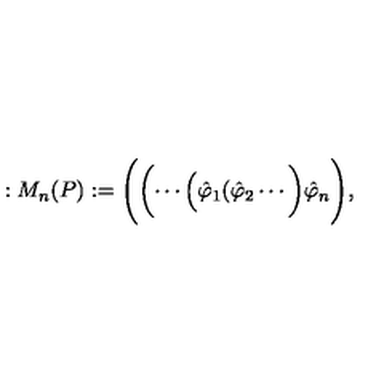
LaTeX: : M _ { n } ( P ) : = \Biggl ( \biggl ( \cdots \Bigl ( \hat { \varphi } _ { 1 } ( \hat { \varphi } _ { 2 } \cdots \biggl ) \hat { \varphi } _ { n } \Biggl ) ,